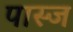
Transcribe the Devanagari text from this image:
पास्ज